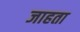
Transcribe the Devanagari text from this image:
जाहता